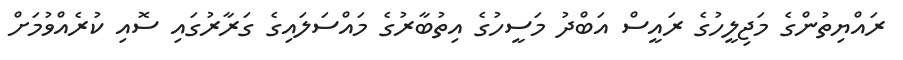
ރައްޔިތުންގެ މަޖިލީހުގެ ރައީސް އަބްދު މަސީހުގެ އިތުބާރުގެ މައްސަލައިގެ ގަރާރުގައި ސޮއި ކުރެއްވުމަށް